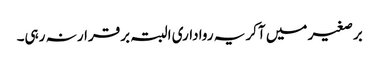
برصغیر میں آکر یہ رواداری البتہ برقرار نہ رہی۔